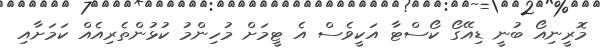
މޮރީނިއޯ ބުނީ ޑިއޭގޯ ކޯސްޓާ އަކީވެސް އެ ޓީމަށް މުހިންމު ކުޅުންތެރިއެއް ކަމަށާއި